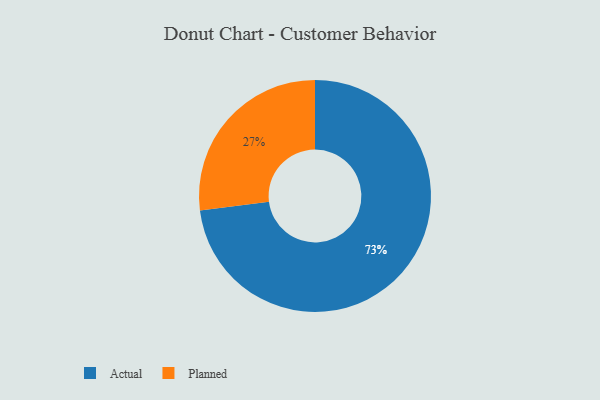
{"axis": {"x": "Category", "y": "Percentage"}, "legend": ["Actual", "Planned"], "data": [{"x": "Planned", "y": 27, "type": "Planned"}, {"x": "Actual", "y": 73, "type": "Actual"}]}